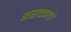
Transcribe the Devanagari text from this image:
बरकाचे